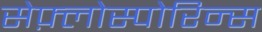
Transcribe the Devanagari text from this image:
सेफ़्लोस्पोरिन्स